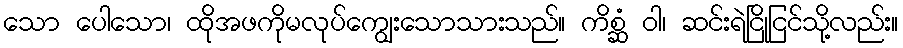
သော ပေါသော၊ ထိုအဖကိုမလုပ်ကျွေးသောသားသည်။ ကိစ္ဆံ ဝါ၊ ဆင်းရဲငြိုငြင်သို့လည်း။